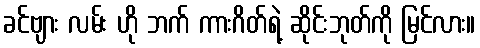
ခင်ဗျား လမ်း ဟို ဘက် ကားဂိတ်ရဲ့ ဆိုင်းဘုတ်ကို မြင်လား။